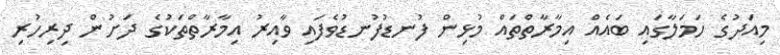
މިއަދުގެ ހަމަލާގައި ބައެއް އިމާރާތްތައް މުޅިން ފުނޑުފުނޑުވެފައި ވާއިރު އިމާރާތްތަކުގެ ދަށުން ދިރިހުރި